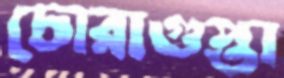
চোরাগুপ্তা